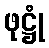
ဖုဋ္ဌုံ